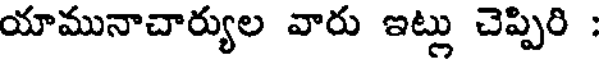
యామునాచార్యుల వారు ఇట్లు చెప్పిరి :